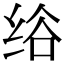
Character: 绤